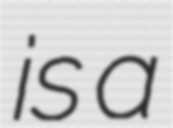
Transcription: is a